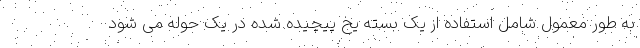
به طور معمول شامل استفاده از یک بسته یخ پیچیده شده در یک حوله می شود